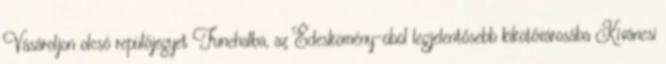
Vásároljon olcsó repülőjegyet Funchalba, az Édeskömény-öböl legjelentősebb kikötővárosába Kíváncsi